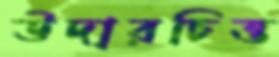
উদারচিত্ত